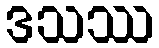
ဒသဿ